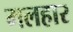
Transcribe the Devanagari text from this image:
मलहार